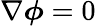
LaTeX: \nabla\boldsymbol\phi=0